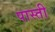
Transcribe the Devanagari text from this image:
पास्ती